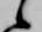
候